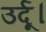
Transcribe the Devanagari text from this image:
उर्दू।